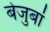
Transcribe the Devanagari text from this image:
बेजुबां